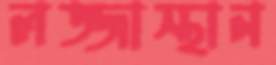
লজ্জাস্থান